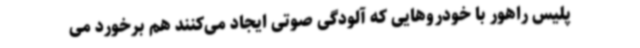
پلیس راهور با خودروهایی که آلودگی صوتی ایجاد می‌کنند هم برخورد می